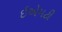
ઇએમટી